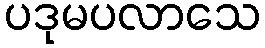
ပဒုမပလာသေ